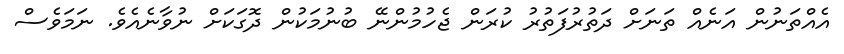
އެއްތަނުން އަނެއް ތަނަށް ދަތުރުފަތުރު ކުރަން ޖެހުމުންނޭ ބުނުމަކުން ދޮގަކަށް ނުވާނެއެވެ. ނަމަވެސް